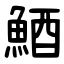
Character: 鯂